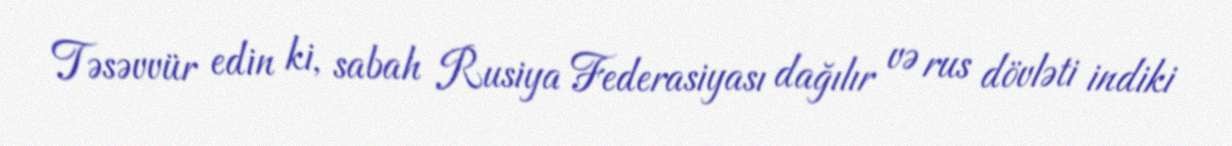
Təsəvvür edin ki, sabah Rusiya Federasiyası dağılır və rus dövləti indiki